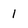
Character: 1